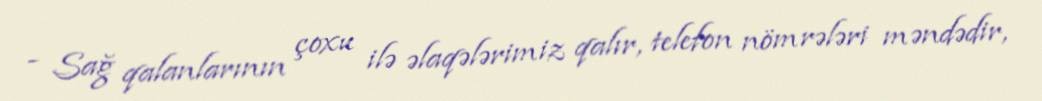
- Sağ qalanlarının çoxu ilə əlaqələrimiz qalır, telefon nömrələri məndədir,